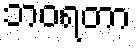
ဘဝရတာ